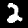
Digit: 2